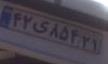
۴۲ی۸۵۴۲۱